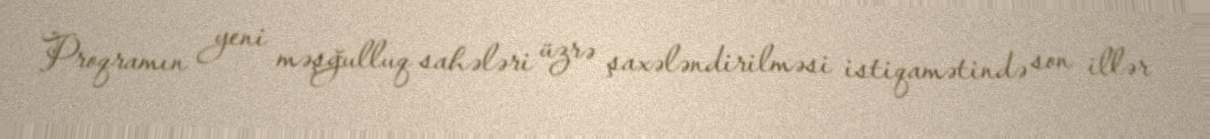
Proqramın yeni məşğulluq sahələri üzrə şaxələndirilməsi istiqamətində son illər